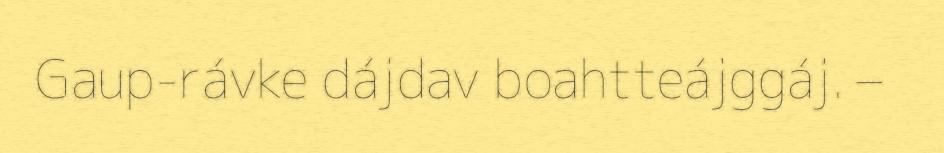
Gaup-rávke dájdav boahtteájggáj. –